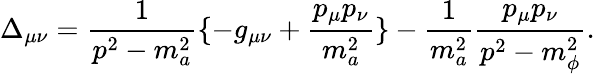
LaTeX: \Delta_{\mu\nu}=\frac{1}{p^{2}-m_{a}^{2}}\{ -g_{\mu\nu}+\frac{p_{\mu}p_{\nu}}{m_{a}^{2}}\} -{\frac{1}{m_{a}^{2}}}\frac{p_{\mu}p_{\nu}}{p^{2}-m_{\phi}^{2}}.